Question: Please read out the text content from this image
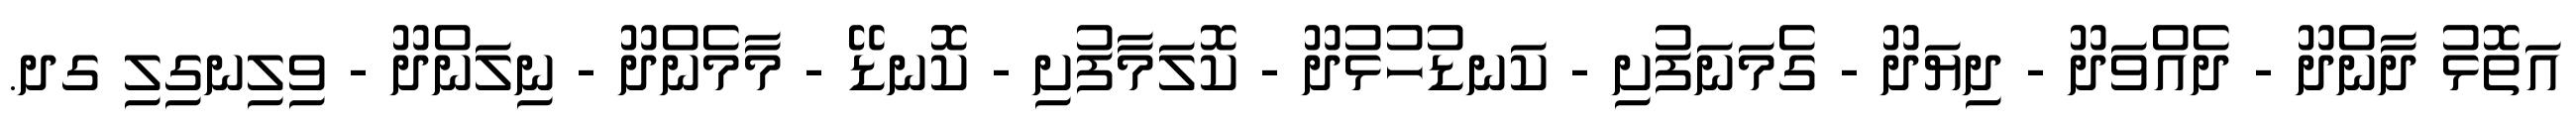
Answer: އަތޮޅު ދާންދޫ - ދެއްވަދޫ - ދިޔަދޫ - ގެމަނަފުށި - ކަނޑުހުޅުދޫ - ކޮލަމާފުށި - ކޮނޑޭ - މާމެންދޫ - ނިލަންދޫ - ވިލިނގިލި ގދ.